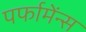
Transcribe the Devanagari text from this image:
पर्फामेंन्स